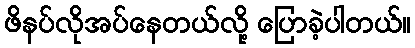
ဖိနပ်လိုအပ်နေတယ်လို့ ပြောခဲ့ပါတယ်။